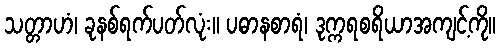
သတ္တာဟံ၊ ခုနစ်ရက်ပတ်လုံး။ ပဓာနစာရံ၊ ဒုက္ကရစရိယာအကျင့်ကို။